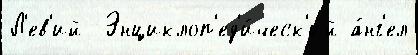
Л'ев'ий  Энциклоп'ед'и́ческ'ий а́нг'ел